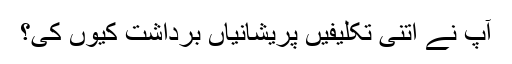
آپ نے اتنی تکلیفیں پریشانیاں برداشت کیوں کى؟